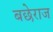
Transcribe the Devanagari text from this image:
बछेराज